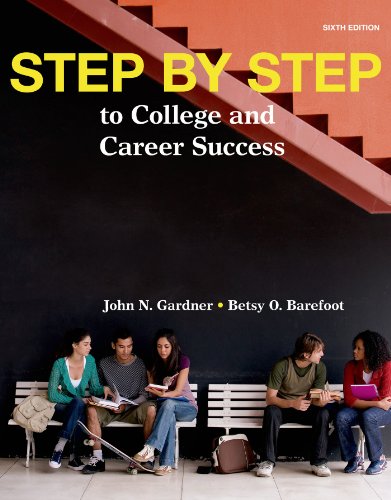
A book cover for Step by Step: to College and Career Success; John N. Gardner; Education & Teaching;